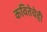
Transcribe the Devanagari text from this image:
कवितेचेही